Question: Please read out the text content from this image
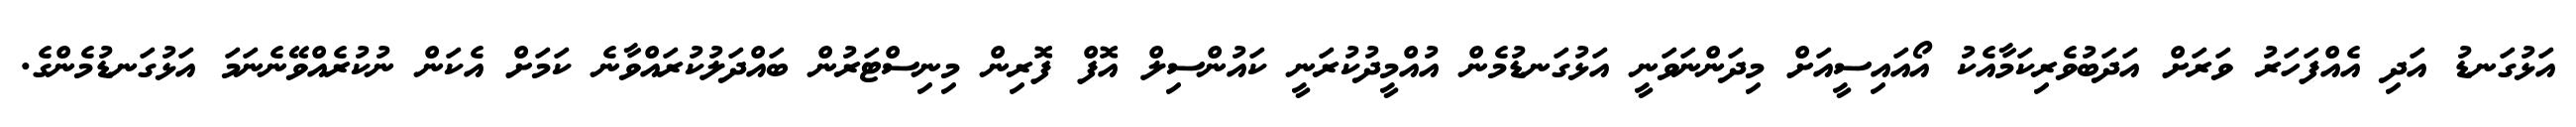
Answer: އަޅުގަނޑު އަދި އެއްފަހަރު ވަރަށް އަދަބުވެރިކަމާއެކު އޯއައިސީއަށް މިދަންނަވަނީ އަޅުގަނޑުމެން އުއްމީދުކުރަނީ ކައުންސިލް އޮފް ފޮރިން މިނިސްޓަރުން ބައްދަލުކުރައްވާނެ ކަމަށް އެކަން ނުކުރެއްވޭނެނަމަ އަޅުގަނޑުމެންގެ.